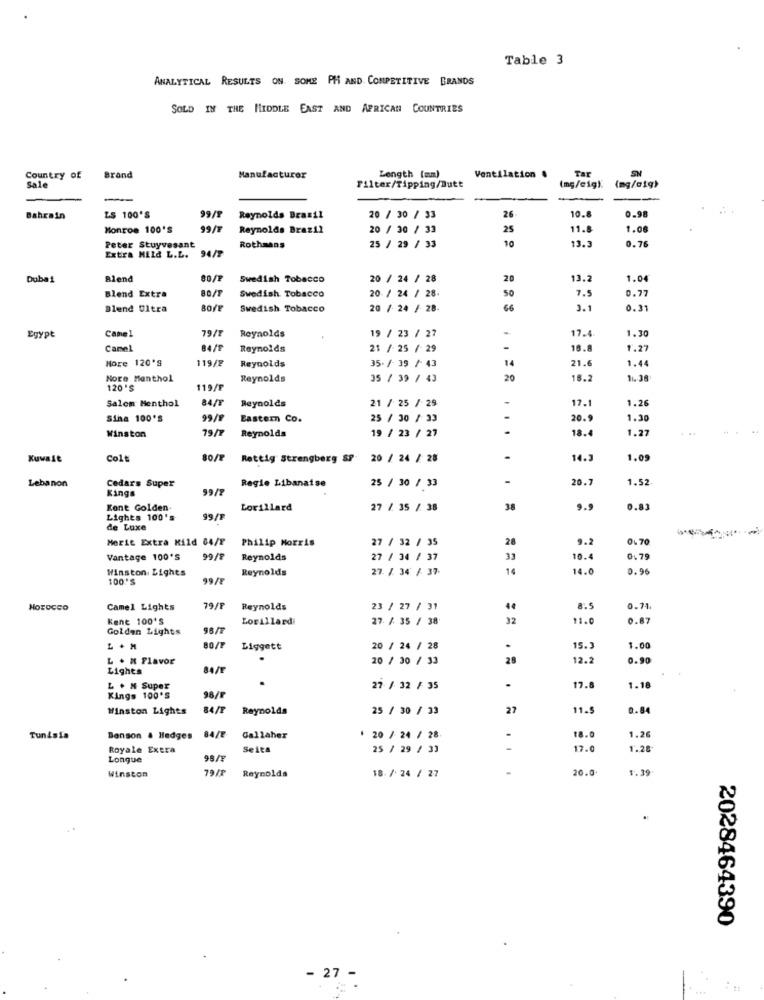
Table 3
ANALYTICAL RESULTS ON. SOME PH AND COMPETITIVE BRANDS
SOLD IN THE MIDDLE EAST AND AFRICAN COUNTRIES
Length (mm)
Tar
SN
Country of
Brand
Manufacturer
Ventilation .
Sale
Filter/Tipping/Butt
(mg/cig) {mg/aig)
10.8
0.98
Bahrain
LS 100'S
99/1
Reynolds Brasil
20 / 30 / 33
26
Monroe 100'S
99/F
Reynolds Brazil
20 / 30 / 33
25
11.8
1.08
Peter Stuyvesant
10
13.
0.76
Extra Mild L.L. 94/2
94/7
Rothmans
25 / 29 / 33
Dubai
Blend
Swedish Tobacco
20 / 24 / 28
20
13.2
1.04
20 / 24 / 28.
50
7.5
0.77
Blend Extra
Swedish. Tobacco
Blend Ultra
Swedish Tobacco
20 / 24 / 28.
66
3.1
0.31
Egypt
79/1
Reynolds
19 / 23 / 27
17.
1.30
Cane
Camel
84/P
Reynolds
21 / 25 / 29
-
18.8
1.27
More 120'S
119/2
35- /- 39 / 43
1.44
Reynolds
21.6
Nore Menthol
Reynolds
35 / 39 / 43
20
16.2
1. 38
120'S
119/
Salem Menthol
84/F
Reynolds
21 / 25 / 29
1.26
17.1
Sina 100'S
99/9
Eastern Co.
25 / 30 / 33
20.9
1.30
Winston
79/1
19 / 23 / 27
18.
1.27
Reynolds
Kuwait
Colt
80/F
Rettig Strengberg SP.
20 / 24 / 28
.
14.3
1.09
Lebanon
Cedars Super
Regie Libanaise
25 / 30 / 33
-
20.7
1.52
Kings
99/7
Kent Golden.
Lorillard
27 / 35 / 38
38
9.9
0.83
Lights 100's
99/1
de Luxe
Merit Extra Kild 64/F
Philip Morris
27 / 32 / 35
28
9.2
0- 70
Vantage 100'S
99/8
Reynolds
27 / 34 / 37
33
10.4
0,79
Winston Lights
Reynolds
27. /. 34 / 37.
14
14.0
0.96
100'S
Horocco
Camel Lights
79/F
Reynolds
23 / 27 / 31
8.5
0.71
Kent 100'S
Lorillardi
27 / 35 / 38
32
11.0
0.87
Golden Lights
96 /1
80/F
Liggett
20 / 24 / 28
.
15.3
1.00
L . M Flavor
20 / 30 / 33
12.2
0.90
Lights
84/1
L . M Super
27 / 32 / 35
-
17.8
1.18
Kings 100'S
98/F
Winston Lights
84/F
Reynolds
25 / 30 / 33
27
11.5
0.84
84/E
18.0
Tunisia
Benson & Hedges
Gallaher
* 20 / 24 / 28.
1.26
Royale Extra
Seita
25 / 29 / 33
17.0
1.28
Longue
98/F
Winston
19 /1
20.0
1.39
Reynolds
18. / 24 / 27
2028464390
- 27 -
.